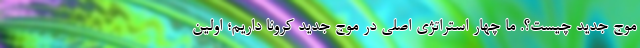
موج جدید چیست؟. ما چهار استراتژی اصلی در موج جدید کرونا داریم؛ اولین